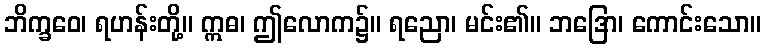
ဘိက္ခဝေ၊ ရဟန်းတို့။ ဣဓ၊ ဤလောက၌။ ရညော၊ မင်း၏။ ဘဒြော၊ ကောင်းသော။